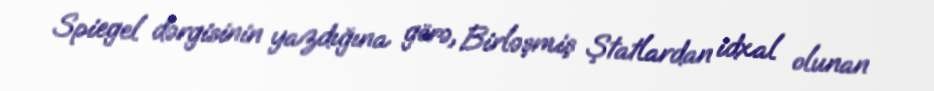
Spiegel dərgisinin yazdığına görə, Birləşmiş Ştatlardan idxal olunan